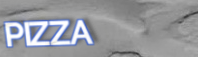
PIZZA